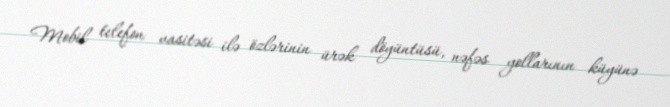
Mobil telefon vasitəsi ilə özlərinin ürək döyüntüsü, nəfəs yollarının küyünə